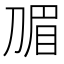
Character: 𭃽